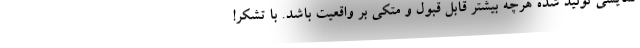
نمايشي توليد شده هرچه بيشتر قابل قبول و متکي بر واقعيت باشد. با تشکر!